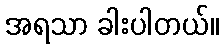
အရသာ ခါးပါတယ်။